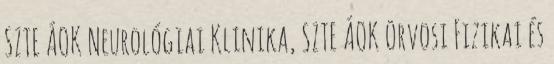
SZTE ÁOK Neurológiai Klinika, SZTE ÁOK Orvosi Fizikai és